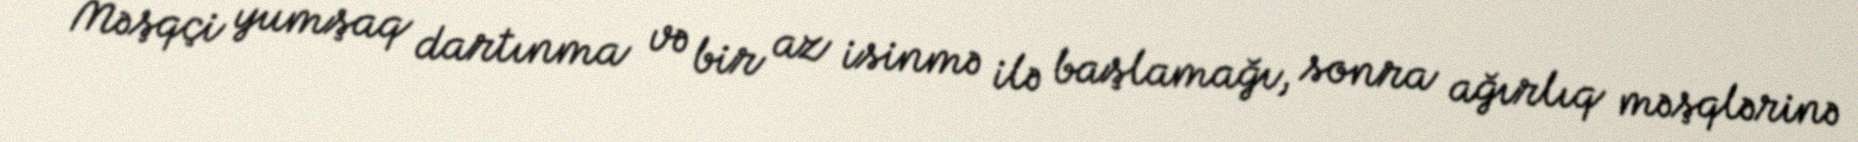
Məşqçi yumşaq dartınma və bir az isinmə ilə başlamağı, sonra ağırlıq məşqlərinə